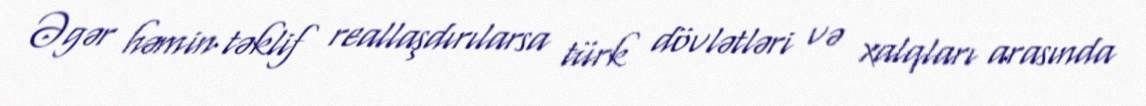
Əgər həmin təklif reallaşdırılarsa türk dövlətləri və xalqları arasında